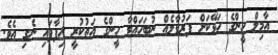
އާމިލް ހީންގެ ހަޅޭކަށް ފަރުވާލެއް ނުބަހައްޓާ ހީންގެ އަތުކުރީ ހިފާފައި ނެގި އެވެ.